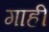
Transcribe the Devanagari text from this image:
गाहीं